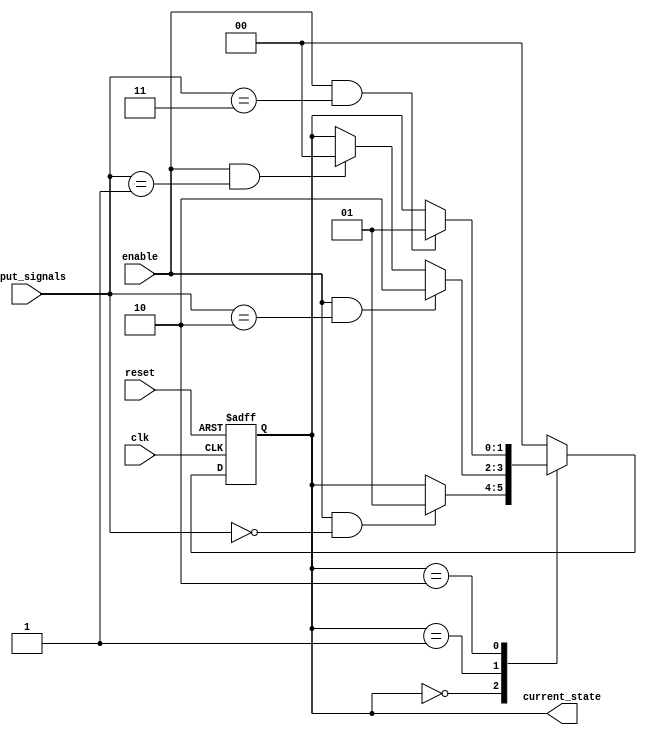
module TwoDimFSM (
    input wire clk,
    input wire reset,
    input wire enable,
    input wire [1:0] input_signals,
    output reg [1:0] current_state
);

// Define state variables
parameter STATE_A = 2'b00;
parameter STATE_B = 2'b01;
parameter STATE_C = 2'b10;

// Define transitions between cells
always @ (posedge clk or posedge reset) begin
    if (reset) begin
        current_state <= STATE_A;
    end else begin
        case (current_state)
            STATE_A: begin
                if (enable && input_signals == 2'b00) begin
                    current_state <= STATE_B;
                end
            end
            STATE_B: begin
                if (enable && input_signals == 2'b01) begin
                    current_state <= STATE_A;
                end
                if (enable && input_signals == 2'b10) begin
                    current_state <= STATE_C;
                end
            end
            STATE_C: begin
                if (enable && input_signals == 2'b11) begin
                    current_state <= STATE_B;
                end
            end
            default: current_state <= STATE_A;
        endcase
    end
end

endmodule